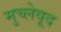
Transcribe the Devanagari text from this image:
मुच्लेवूद